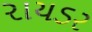
રાયડર